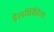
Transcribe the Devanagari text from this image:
हेलसिंकीला